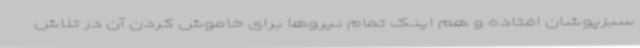
سبزپوشان افتاده و هم اینک تمام نیروها برای خاموش کردن آن در تلاش